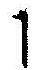
1